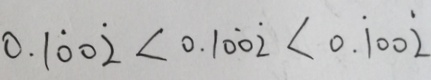
0 . 1 \dot { 0 } 0 \dot { 2 } < 0 . 1 0 \dot { 0 } \dot { 2 } < 0 . \dot { 1 } 0 0 \dot { 2 }